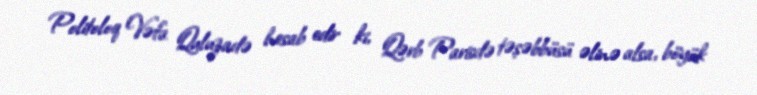
Politoloq Vəfa Quluzadə hesab edir ki, Qərb Parisdə təşəbbüsü əlinə alsa, böyük